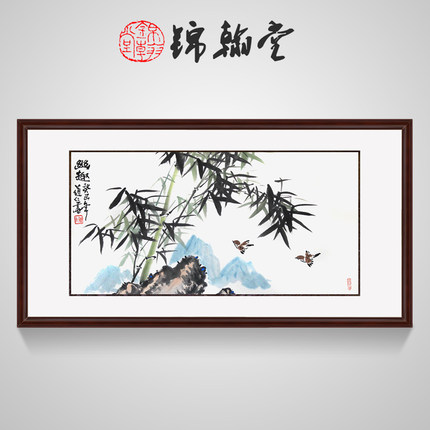
兴尽晚回舟，误入藕花深处。